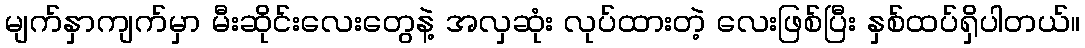
မျက်နှာကျက်မှာ မီးဆိုင်းလေးတွေနဲ့ အလှဆုံး လုပ်ထားတဲ့ လေးဖြစ်ပြီး နှစ်ထပ်ရှိပါတယ်။